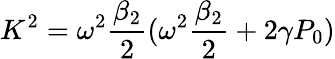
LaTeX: K^{2}=\omega^{2}\frac{\beta_{2}}{2}(\omega^{2}\frac{\beta_{2}}{2}+2\gamma P_{0})